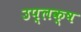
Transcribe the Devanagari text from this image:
उप्लक्ष